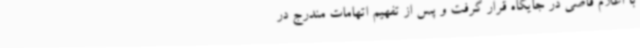
با اعلام قاضی در جایگاه قرار گرفت و پس از تفهیم اتهامات مندرج در